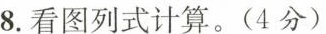
8.看图列式计算。(4分)